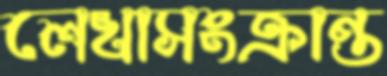
লেখাসংক্রান্ত